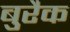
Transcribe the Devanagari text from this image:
बुरैक